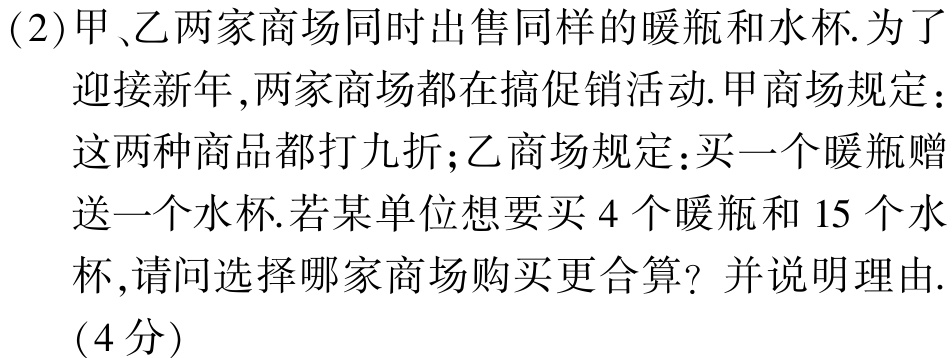
(2)甲、乙两家商场同时出售同样的暖瓶和水杯.为了
迎接新年,两家商场都在搞促销活动.甲商场规定：
这两种商品都打九折;乙商场规定:买一个暖瓶赠
送一个水杯.若某单位想要买 4 个暖瓶和 15 个水
杯,请问选择哪家商场购买更合算？并说明理由.
(4分)